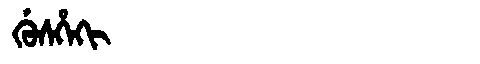
Manchu: ᡤᡠᠰᡥᡝᡴᡳ
Romanization: GUSHEKI